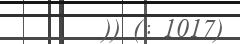
)) (: 1017)